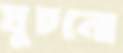
ঘুচনো